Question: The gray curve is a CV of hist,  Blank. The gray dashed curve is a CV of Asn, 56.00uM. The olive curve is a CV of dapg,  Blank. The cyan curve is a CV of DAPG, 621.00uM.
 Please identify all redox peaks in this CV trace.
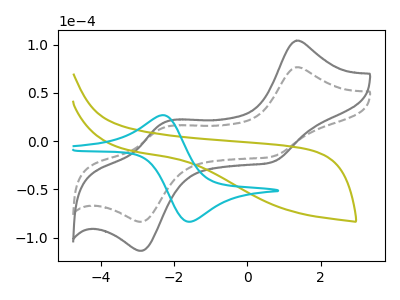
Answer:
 <answer>The gray curve "hist,  Blank" has anodic peaks at (1.35V, 104.15uA) (-2.25V, 19.40uA) and cathodic peaks at (0.70V, -21.65uA) (-2.85V, -113.50uA). The gray dashed curve "Asn, 56.00uM" has anodic peaks at (1.35V, 76.60uA) (-2.25V, 14.25uA) and cathodic peaks at (0.70V, -15.95uA) (-2.85V, -83.50uA). The olive curve "dapg,  Blank" has no peaks. The cyan curve "DAPG, 621.00uM" has an anodic peak at (-2.25V, 26.90uA) and a cathodic peak at (-1.60V, -83.50uA).</answer>
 <eval></eval>